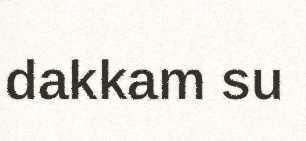
dakkam su